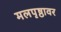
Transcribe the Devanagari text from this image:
मलपृष्ठावर